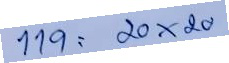
119 = 20x20